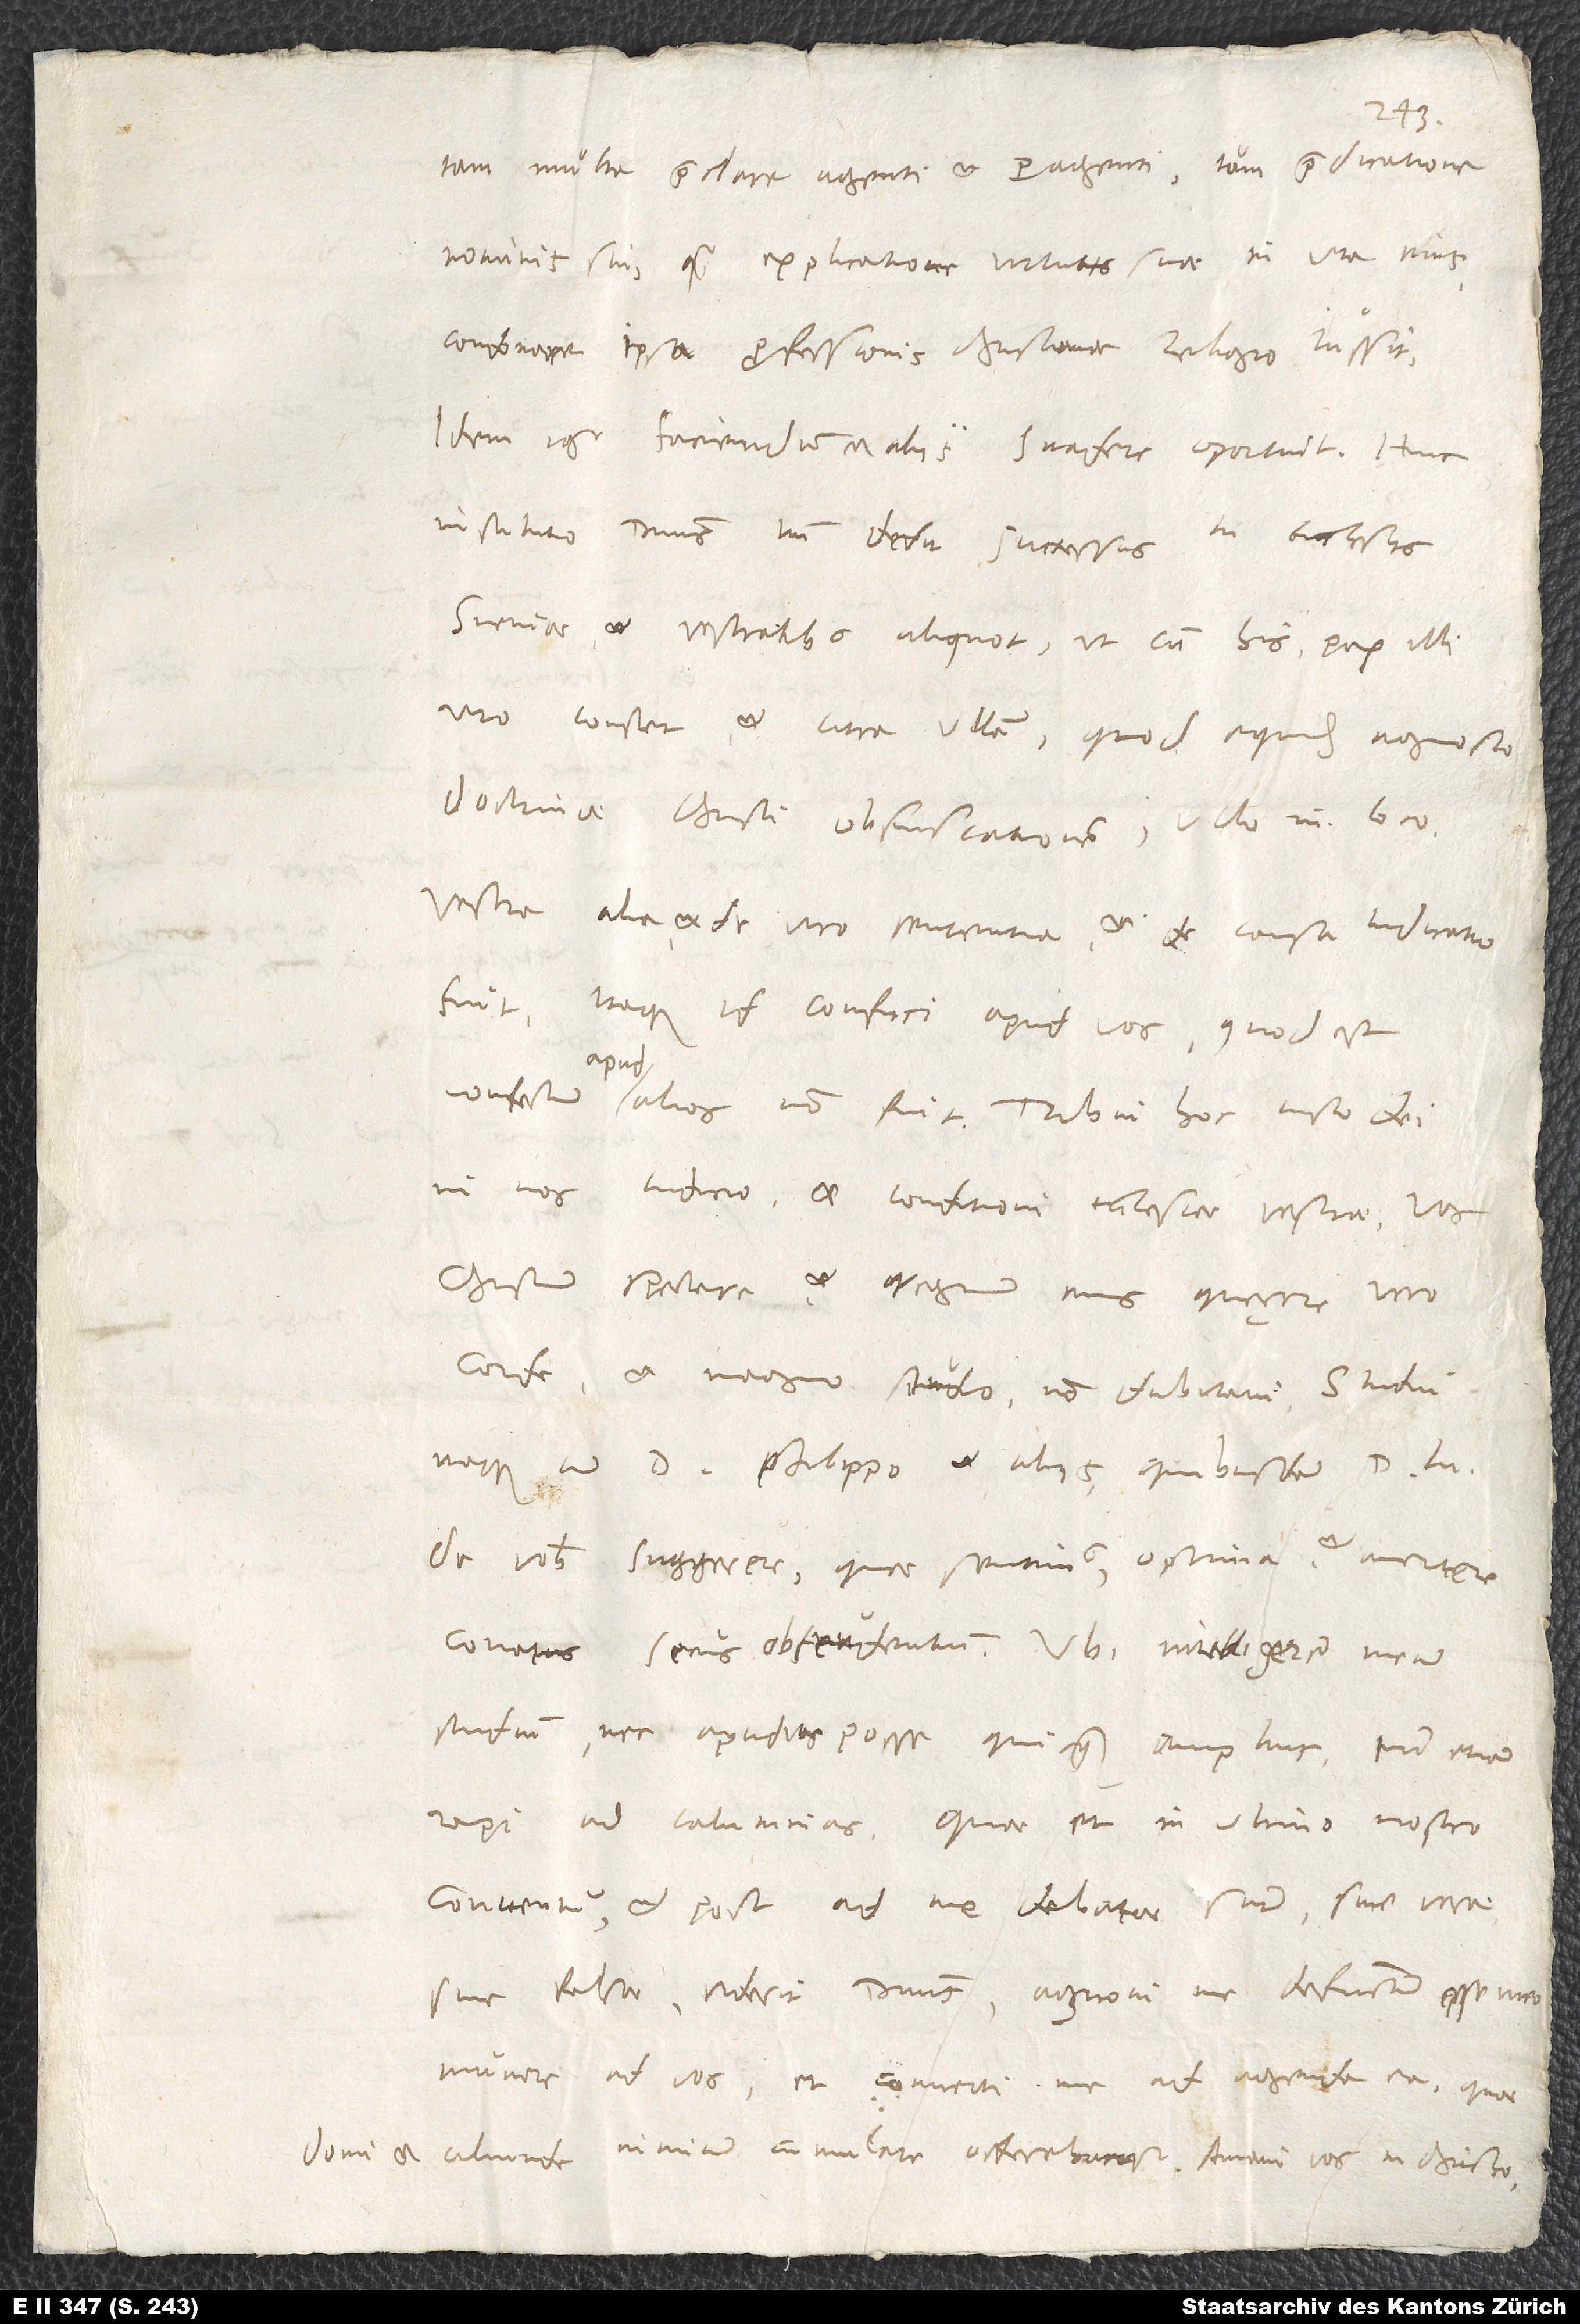
1543.
tam multa praeclare agenti et peragenti tam praedicatione
nominis sui quam explicatione virtutis suae in vita eius
condonare ipsa professionis christianae religio iussit.
Idem igitur faciendum et aliis suadere oportuit. Huic
instituto dominus tantum dedit successus in ecclesiis
Sveviae et vestratibus aliquot, ut cum his pax illi
viro constet et citra ullam, quod equidem agnosco,
doctrinae Christi obscurationem ullo in loco.
Vestra alia et de viro sententia et de causa indicatio
fuit; itaque id confici apud vos, quod est
apud
in nos iudicio et conditioni ecclesiae vestrae. Vos
Christum spectare et regnum eius quęrere vero
corde et magno studio non dubitavi. Studui
itaque cum d. Philippo et aliis quibusdam d. Luthero
de vobis suggerere, quae sentimus, optima et avertere
conatus secus obtundentium. Ubi intelligerem meum
studium nec apud vos posse quicquam amplius, tum etiam
rapi ad calumnias, quae et in ultimo nostro
conventu et post ad me delatae sunt - sive verae
sive falsae, viderit dominus -, agnovi me defunctum esse meo
munere ad vos et converti me ad agenda ea, quae
domi et aliunde nimium cumulate offerebantur. Amavi vos in Christo